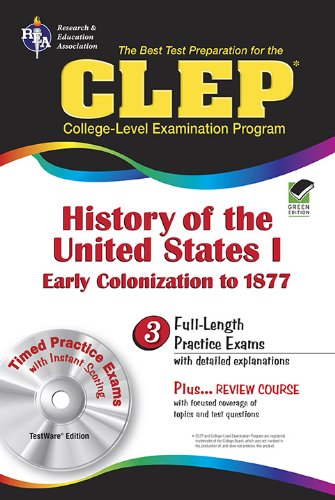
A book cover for The CLEP History of the United States I w/CD (REA) - The Best Test Prep for the CLEP (Test Preps); The Staff of Research & Education Association; Test Preparation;